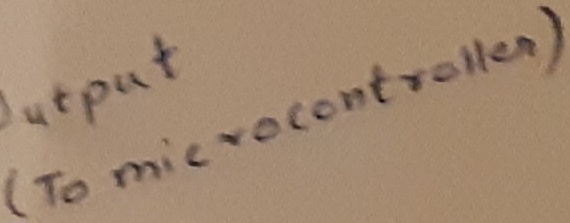
Text: (To microcontroller)